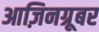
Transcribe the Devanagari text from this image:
आज़िनग्रूबर